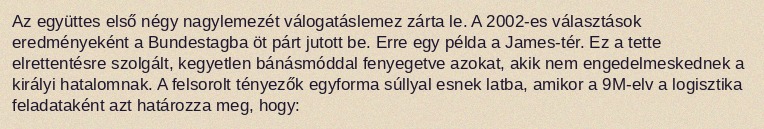
Az együttes első négy nagylemezét válogatáslemez zárta le. A 2002-es választások eredményeként a Bundestagba öt párt jutott be. Erre egy példa a James-tér. Ez a tette elrettentésre szolgált, kegyetlen bánásmóddal fenyegetve azokat, akik nem engedelmeskednek a királyi hatalomnak. A felsorolt tényezők egyforma súllyal esnek latba, amikor a 9M-elv a logisztika feladataként azt határozza meg, hogy: